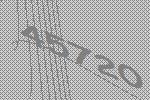
45720